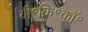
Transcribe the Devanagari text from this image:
वी॰क्रि॰कॉ॰